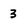
Character: 3